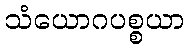
သံယောဂပစ္စယာ